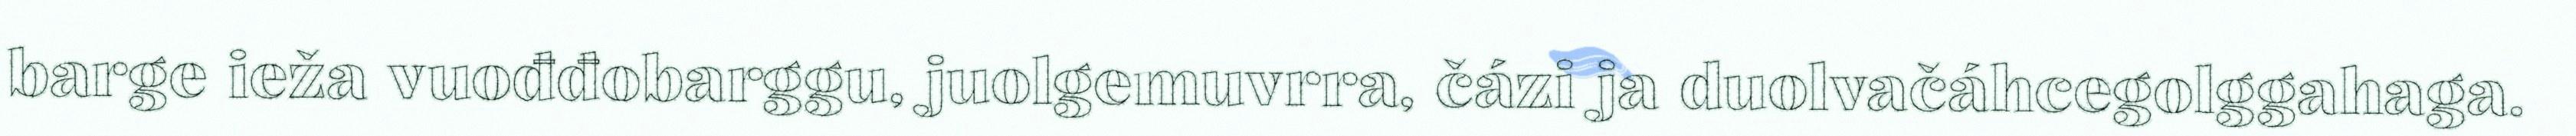
barge ieža vuođđobarggu, juolgemuvrra, čázi ja duolvačáhcegolggahaga.